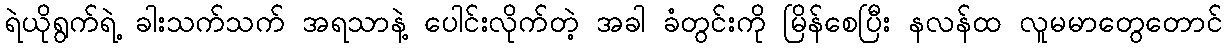
ရဲယိုရွက်ရဲ့ ခါးသက်သက် အရသာနဲ့ ပေါင်းလိုက်တဲ့ အခါ ခံတွင်းကို မြိန်စေပြီး နလန်ထ လူမမာတွေတောင်